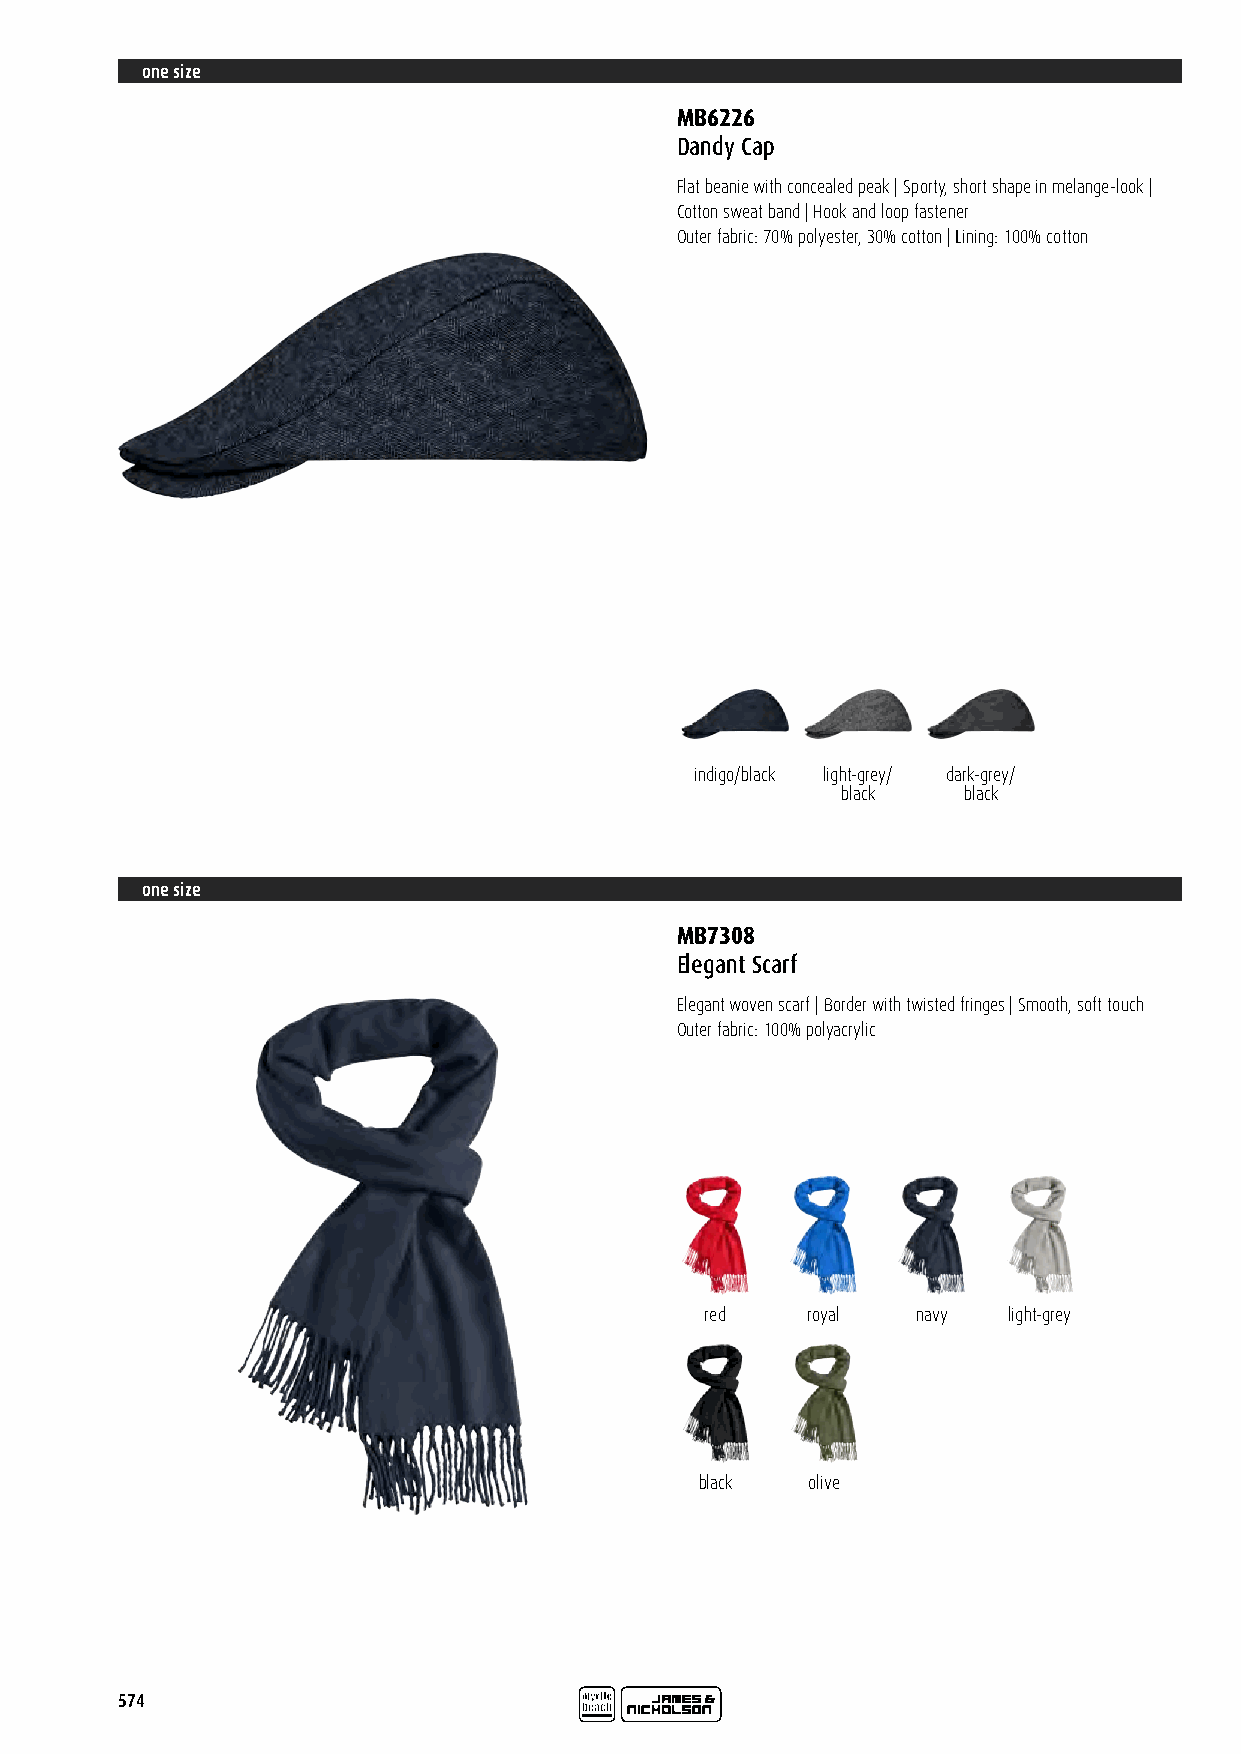
one size
 MB6226
 Dandy Cap
 Flat beanie with concealed peak | Sporty, short shape in melange-look |
 Cotton sweat band | Hook and loop fastener
 Outer fabric: 70% polyester, 30% cotton | Lining: 100% cotton
 indigo/black light-grey/ dark-grey/
 black   black
 one size
 MB7308
 Elegant Scarf
 Elegant woven scarf | Border with twisted fringes | Smooth, soft touch
 Outer fabric: 100% polyacrylic
 red   royal   navy  light-grey
 black  olive
 574